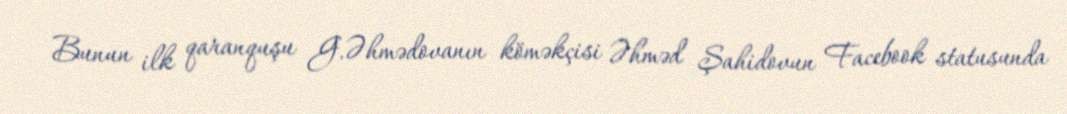
Bunun ilk qaranquşu G.Əhmədovanın köməkçisi Əhməd Şahidovun Facebook statusunda